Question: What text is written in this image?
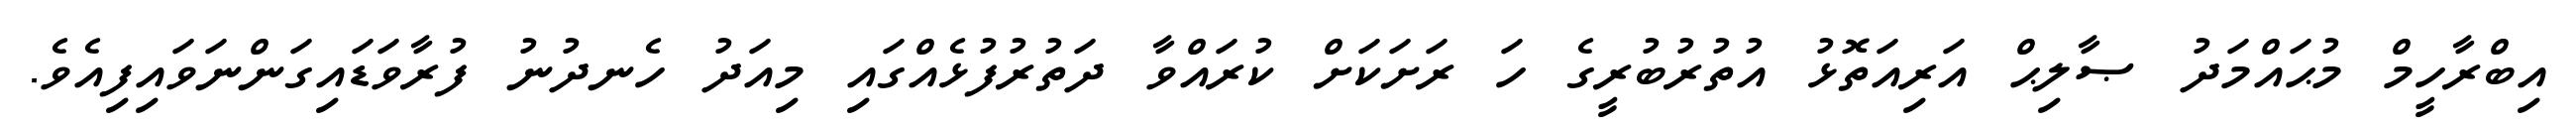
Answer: އިބްރާހީމް މުޙައްމަދު ޞާލިޙް އަރިއަތޮޅު އުތުރުބުރީގެ ހަ ރަށަކަށް ކުރައްވާ ދަތުރުފުޅެއްގައި މިއަދު ހެނދުނު ފުރާވަޑައިގަންނަވައިފިއެވެ.